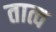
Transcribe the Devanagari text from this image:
तात्व